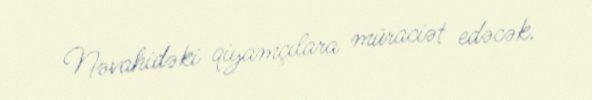
Nəvahidəki qiyamçılara müraciət edəcək.